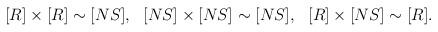
LaTeX: \begin{align*}[R]\times[R]\sim [NS], \ \ [NS]\times[NS]\sim [NS],\ \ [R]\times[NS]\sim [R].\end{align*}